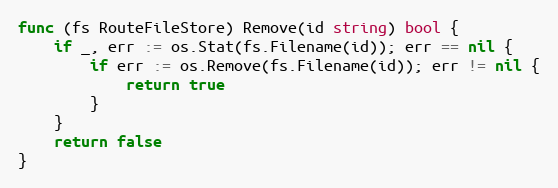
Language: Go
func (fs RouteFileStore) Remove(id string) bool {
	if _, err := os.Stat(fs.Filename(id)); err == nil {
		if err := os.Remove(fs.Filename(id)); err != nil {
			return true
		}
	}
	return false
}